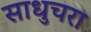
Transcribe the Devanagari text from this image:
साधुचरा